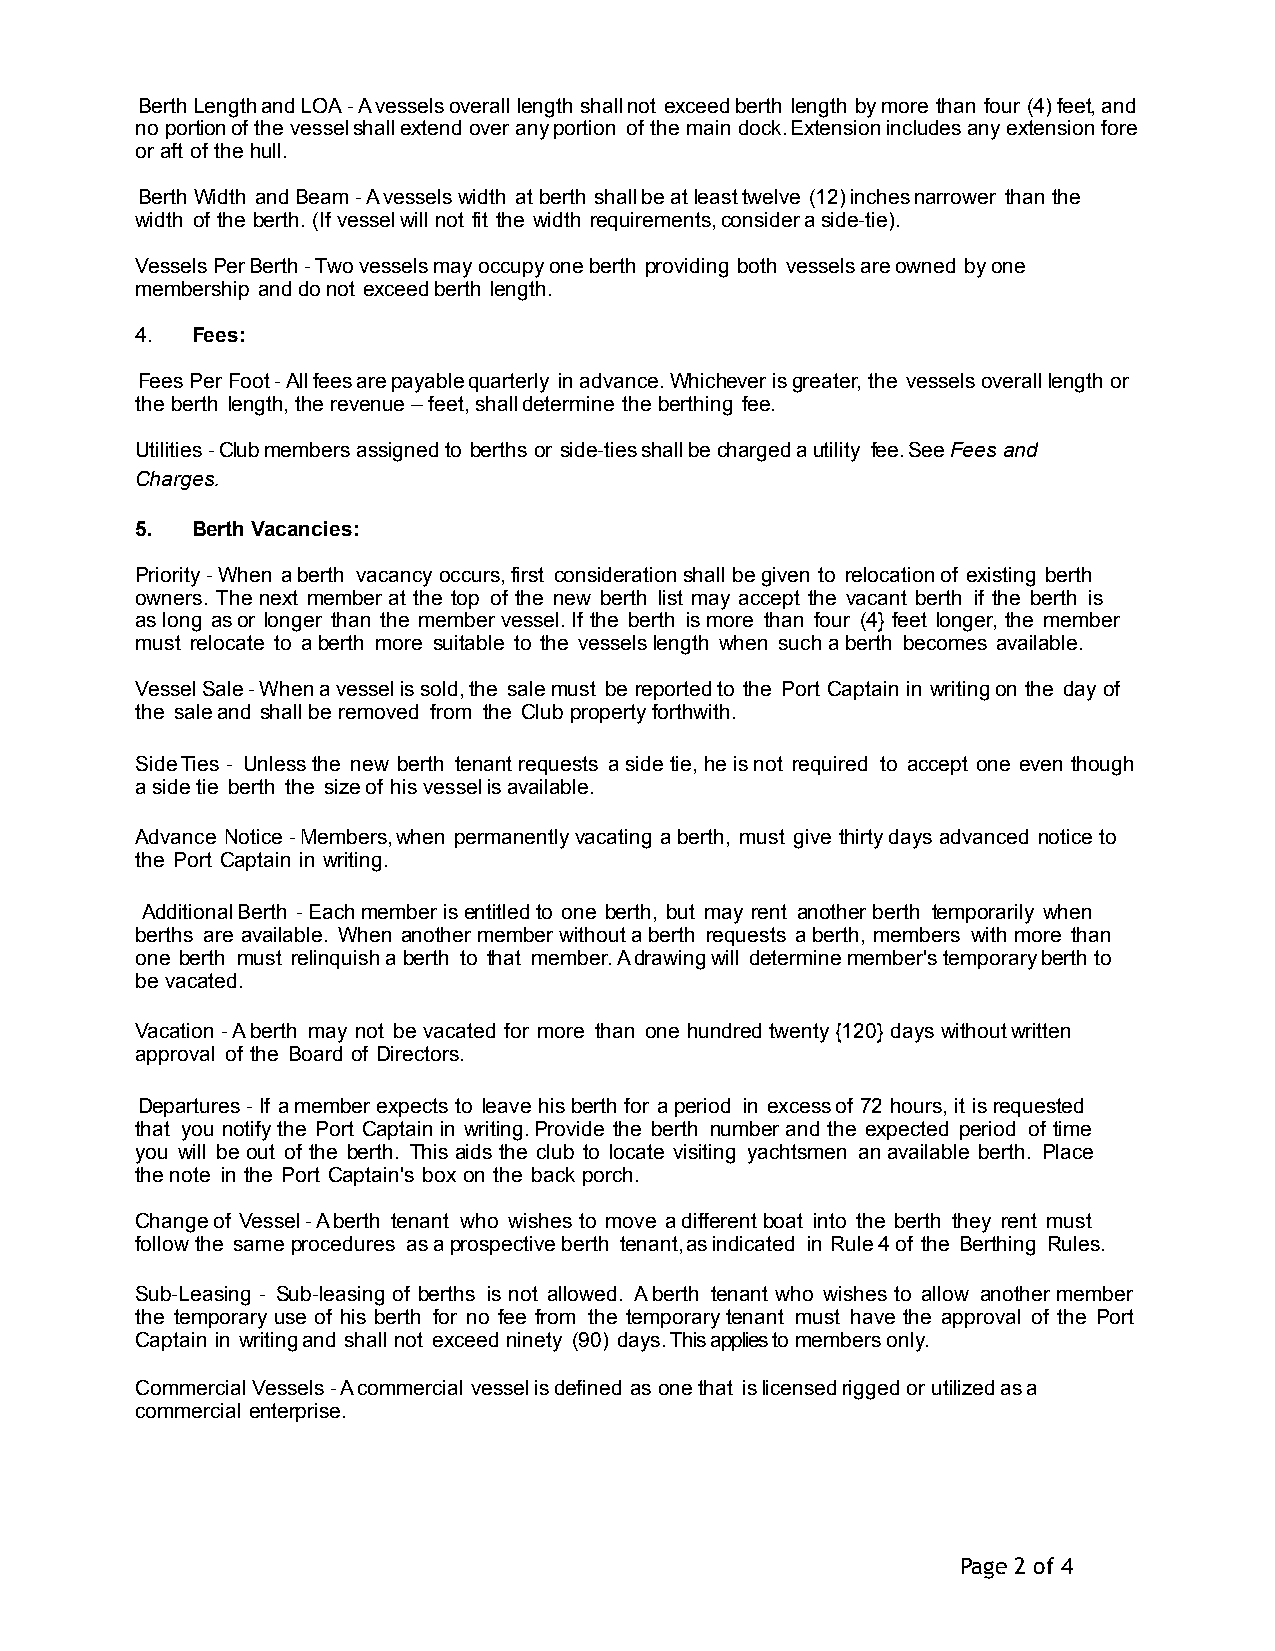
Berth Length and LOA - A vessels overall length shall not exceed berth length by more than four (4) feet, and
 no portion of the vessel shall extend over any portion of the main dock. Extension includes any extension fore
 or aft of the hull.
 Berth Width and Beam - A vessels width at berth shall be at least twelve (12) inches narrower than the
 width of the berth. (If vessel will not fit the width requirements, consider a side-tie).
 Vessels Per Berth - Two vessels may occupy one berth providing both vessels are owned by one
 membership and do not exceed berth length.
 4.  Fees:
 Fees Per Foot - All fees are payable quarterly in advance. Whichever is greater, the vessels overall length or
 the berth length, the revenue – feet, shall determine the berthing fee.
 Utilities - Club members assigned to berths or side-ties shall be charged a utility fee. See Fees and
 Charges.
 5.  Berth Vacancies:
 Priority - When a berth vacancy occurs, first consideration shall be given to relocation of existing berth
 owners. The next member at the top of the new berth list may accept the vacant berth if the berth is
 as long as or longer than the member vessel. If the berth is more than four (4} feet longer, the member
 must relocate to a berth more suitable to the vessels length when such a berth becomes available.
 Vessel Sale - When a vessel is sold, the sale must be reported to the Port Captain in writing on the day of
 the sale and shall be removed from the Club property forthwith.
 Side Ties - Unless the new berth tenant requests a side tie, he is not required to accept one even though
 a side tie berth the size of his vessel is available.
 Advance Notice - Members, when permanently vacating a berth, must give thirty days advanced notice to
 the Port Captain in writing.
 Additional Berth - Each member is entitled to one berth, but may rent another berth temporarily when
 berths are available. When another member without a berth requests a berth, members with more than
 one berth must relinquish a berth to that member. A drawing will determine member's temporary berth to
 be vacated.
 Vacation - A berth may not be vacated for more than one hundred twenty {120} days without written
 approval of the Board of Directors.
 Departures - If a member expects to leave his berth for a period in excess of 72 hours, it is requested
 that you notify the Port Captain in writing. Provide the berth number and the expected period of time
 you will be out of the berth. This aids the club to locate visiting yachtsmen an available berth. Place
 the note in the Port Captain's box on the back porch.
 Change of Vessel - A berth tenant who wishes to move a different boat into the berth they rent must
 follow the same procedures as a prospective berth tenant, as indicated in Rule 4 of the Berthing Rules.
 Sub-Leasing - Sub-leasing of berths is not allowed. A berth tenant who wishes to allow another member
 the temporary use of his berth for no fee from the temporary tenant must have the approval of the Port
 Captain in writing and shall not exceed ninety (90) days. This applies to members only.
 Commercial Vessels - A commercial vessel is defined as one that is licensed rigged or utilized as a
 commercial enterprise.
 Page 2 of 4